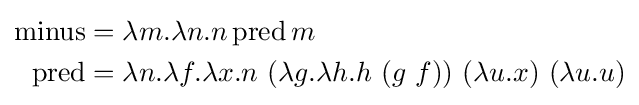
{\begin{aligned}\operatorname {minus} &=\lambda m.\lambda n.n\operatorname {pred} m\\\operatorname {pred} &=\lambda n.\lambda f.\lambda x.n\ (\lambda g.\lambda h.h\ (g\ f))\ (\lambda u.x)\ (\lambda u.u)\end{aligned}}